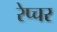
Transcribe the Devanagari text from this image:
रेप्चर